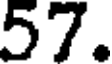
57.